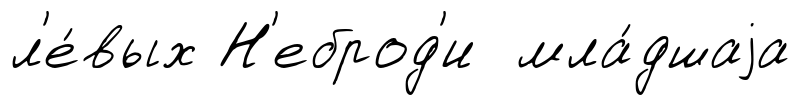
л'е́вых Н'еброд'и мла́дшаjа